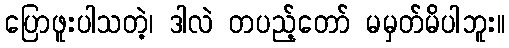
ပြောဖူးပါသတဲ့၊ ဒါလဲ တပည့်တော် မမှတ်မိပါဘူး။